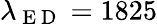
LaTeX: \lambda_{\mathrm{~E~D~}}=1825